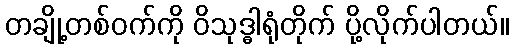
တချို့တစ်ဝက်ကို ဝိသုဒ္ဓါရုံတိုက် ပို့လိုက်ပါတယ်။